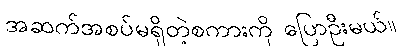
အဆက်အစပ်မရှိတဲ့စကားကို ပြောဦးမယ်။